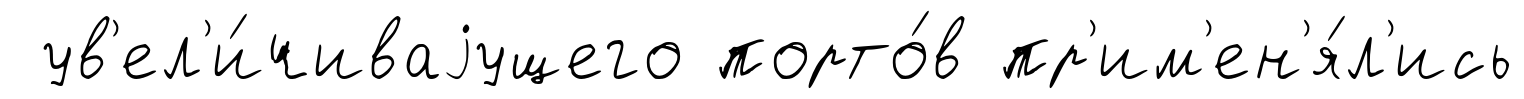
ув'ел'и́чиваjущего порто́в пр'им'ен'я́л'ись